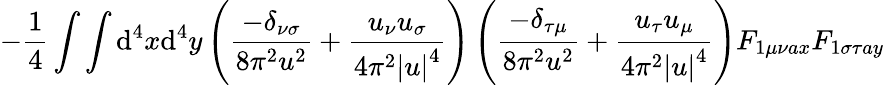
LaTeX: -\frac{1}{4}\int\int\mathrm{d}^{4}x\mathrm{d}^{4}y\left(\frac{-\delta_{\nu\sigma}}{8\pi^{2}u^{2}}+\frac{u_{\nu}u_{\sigma}}{4\pi^{2}\left|u\right|^{4}}\right)\left(\frac{-\delta_{\tau\mu}}{8\pi^{2}u^{2}}+\frac{u_{\tau}u_{\mu}}{4\pi^{2}\left|u\right|^{4}}\right)F_{1\mu\nu ax}F_{1\sigma\tau ay}